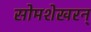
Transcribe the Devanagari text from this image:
सोमशेखरन्